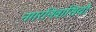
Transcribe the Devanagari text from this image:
नगरनिवासियों